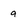
Character: a